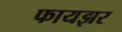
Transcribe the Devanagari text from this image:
फायझर